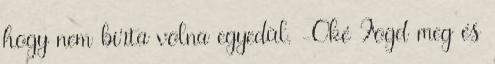
hogy nem bírta volna egyedül. -Oké Fogd meg és